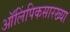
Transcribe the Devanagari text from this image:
ऑलिंपिकसारख्या